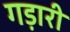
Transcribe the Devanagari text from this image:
गड़ारी